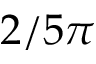
2 / 5 \pi